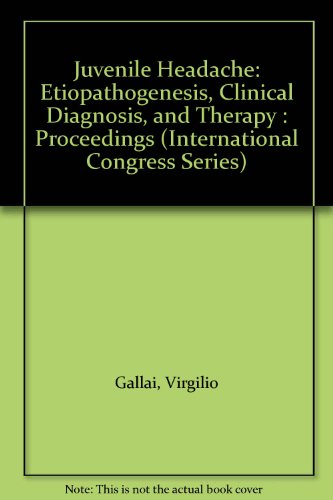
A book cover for Juvenile Headache: Etiopathogenesis, Clinical Diagnosis, and Therapy : Proceedings (International Congress Series); Virgilio Gallai; Health, Fitness & Dieting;